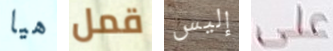
هيا قمل إليس على